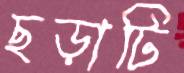
ছড়াটি